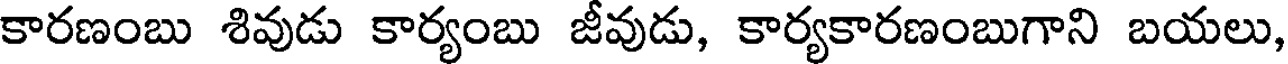
కారణంబు శివుడు కార్యంబు జీవుడు, కార్యకారణంబుగాని బయలు,